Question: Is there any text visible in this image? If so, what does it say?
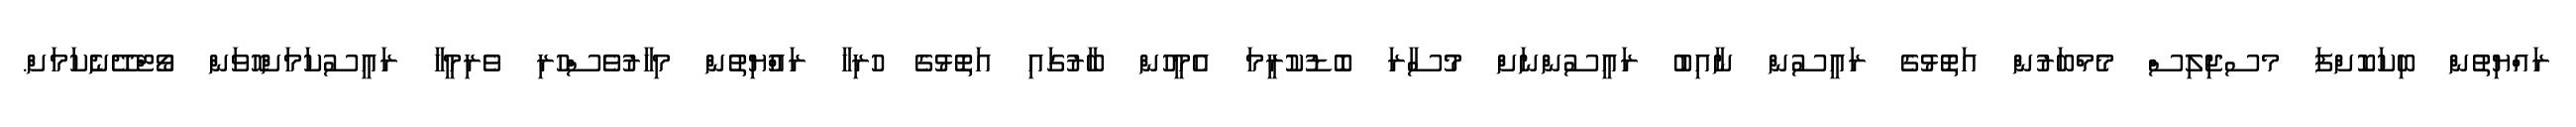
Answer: ރައްޔިތުން ބިކަކޮށްފަ މސޖިލިސް މެމްބަރުން އަތޮޅުގެ ރައީސުން ނާއިބު ރައީސުންނަށް މުސާރަ ބޮޑުކުރީމަ އެމީހުން ބާރުގައި އަތޮޅުގެ ހުރިހާ ރައްުޔިތުން މިހާރުވެސްހުރި ވެރިމީހާ ރައީސުކަމަށްހޮވަން ވޯޓްދޭނެކަމަށް.